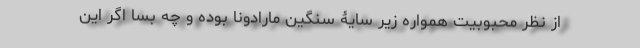
از نظر محبوبیت همواره زیر سایۀ سنگین مارادونا بوده و چه بسا اگر این